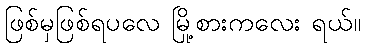
ဖြစ်မှဖြစ်ရပလေ မြို့စားကလေး ရယ်။